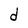
Character: d